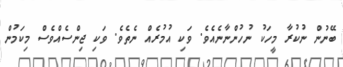
ބޭނުން ނުކުރާ މީހަކު ނުހުންނާނެއެވެ. ވަކި އުމުރެއް ނެތެވެ. ވަކި ޖިންސެއްވެސް މިކަމުން